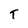
Character: T